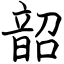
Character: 韶